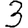
Digit: 3